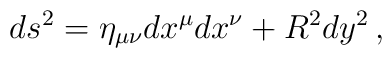
ds^2 = \eta_{\mu\nu} dx^\mu dx^\nu + R^2 dy^2 \, ,